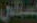
استانی